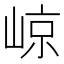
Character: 𡹡